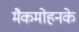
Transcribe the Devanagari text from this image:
मैकमोहनके